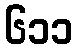
၆၁၁